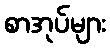
စာအုပ်များ